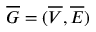
\overline { { G } } = ( \overline { { V } } , \overline { { E } } )